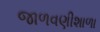
જાળવણીશાળા